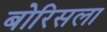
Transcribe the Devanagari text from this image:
बोरिसला